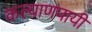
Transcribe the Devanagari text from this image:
कल्याणपायीं